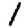
Digit: 1